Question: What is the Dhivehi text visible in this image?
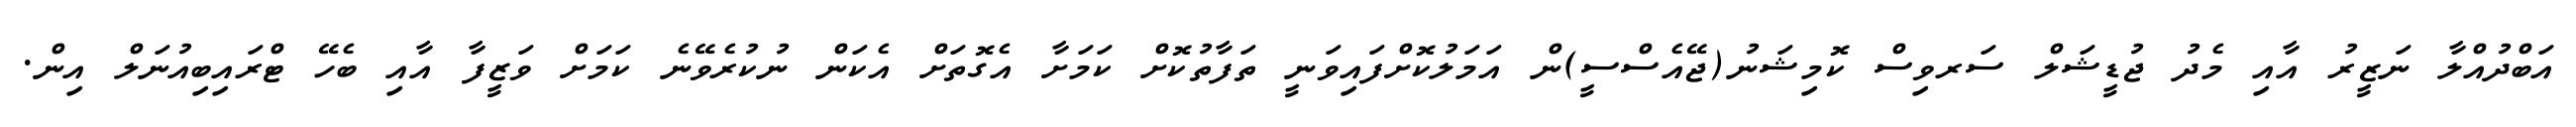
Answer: އަބްދުއްލާ ނަޒީރު އާއި މެދު ޖުޑީޝަލް ސަރވިސް ކޮމިޝަނު(ޖޭއެސްސީ)ން އަމަލުކޮށްފައިވަނީ ތަފާތުކޮށް ކަމަށާ އެގޮތަށް އެކަން ނުކުރެވޭނެ ކަމަށް ވަޒީފާ އާއި ބެހޭ ޓްރައިބިއުނަލް އިން.